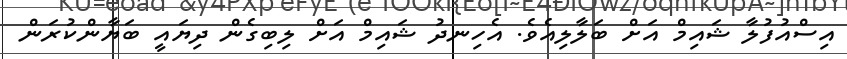
އިސްއުފުލާ ޝައިމް އަށް ބަލާލިއެވެ. އެހިނދު ޝައިމް އަށް ލިބިގެން ދިޔައީ ބަޔާންކުރަން